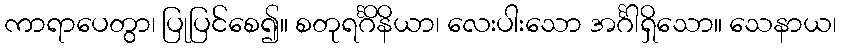
ကာရာပေတွာ၊ ပြုပြင်စေ၍။ စတုရင်္ဂိနိယာ၊ လေးပါးသော အင်္ဂါရှိသော။ သေနာယ၊